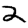
Digit: 2